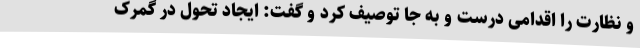
و نظارت را اقدامی درست و به جا توصیف کرد و گفت: ایجاد تحول در گمرک